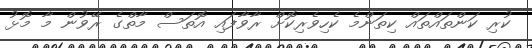
ކުރި ކަންތައްތައް ކިތަންމެ ކެހިވެރިކޮށް ރާވާފައި އޮތަސް މާތްގެ ރޭވުން މާ މޮޅު